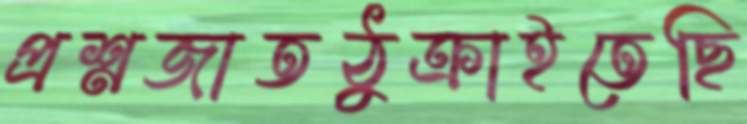
প্রশ্নজাতঠুক্‌রাইতেছি